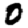
Digit: 0